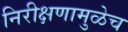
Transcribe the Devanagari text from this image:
निरीक्षणामुळेच